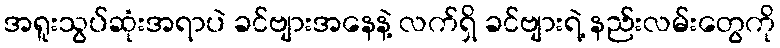
အရူးသွပ်ဆုံးအရာပဲ ခင်ဗျားအနေနဲ့ လက်ရှိ ခင်ဗျားရဲ့ နည်းလမ်းတွေကို